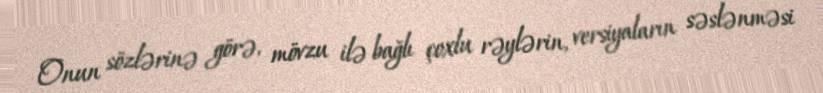
Onun sözlərinə görə, mövzu ilə bağlı çoxlu rəylərin, versiyaların səslənməsi